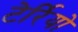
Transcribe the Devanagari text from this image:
टेर्रियो